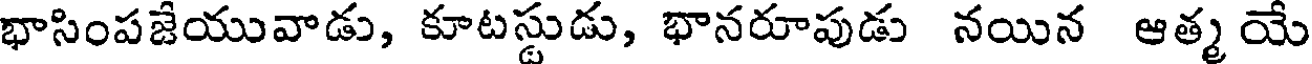
భాసింపజేయువాడు, కూటస్టుడు, భానరూపుడు నయిన ఆత్మ యే